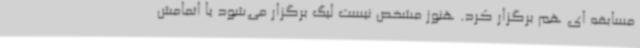
مسابقه ای هم برگزار کرد. هنوز مشخص نیست لیگ برگزار می‌شود یا اتمامش